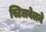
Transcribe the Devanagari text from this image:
स्टिलवेलने